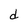
Character: d